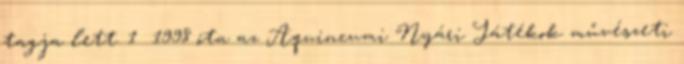
tagja lett. 1 1998 óta az Aquincumi Nyári Játékok művészeti